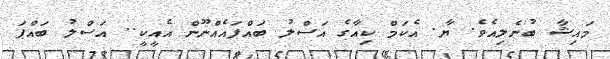
މައިޝާ ބުނެލިއެވެ. ޔާ. އެކަމް ކިއާގެ އަސްލު ބައްޕައެއްނޫން އެއީކީ.. އަސްލު ބައްޕަ